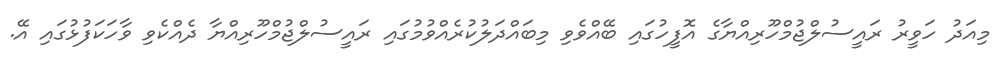
މިއަދު ހަވީރު ރައީސުލްޖުމްހޫރިއްޔާގެ އޮފީހުގައި ބޭއްވެވި މިބައްދަލުކުރެއްވުމުގައި ރައީސުލްޖުމްހޫރިއްޔާ ދެއްކެވި ވާހަކަފުޅުގައި އޭ.